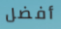
أفضل